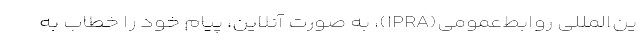
ین‌المللی روابط‌عمومی(IPRA)، به صورت آنلاین، پیام خود را خطاب به